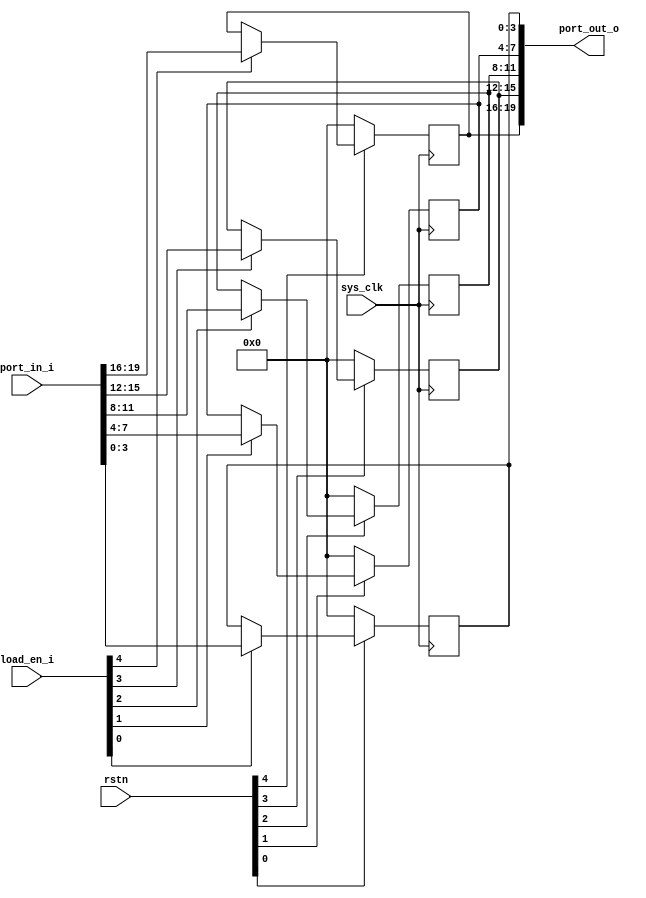
/*
Created date: 26 May, 2022
Developer: Bo-Yu Tseng
Email: tsengs0@gamil.com
Module name: data_bus_combiner

# I/F
1) Output:
2) Input:

# Param

# Description:

# Pipeline capability: yes
# Pipeline stage: 1
*/
module data_bus_combiner #(
	parameter UNIT_NUM = 5,
	parameter UNIT_WIDTH = 4
) (
	output wire [(UNIT_NUM*UNIT_WIDTH)-1:0] port_out_o,

	input wire [(UNIT_NUM*UNIT_WIDTH)-1:0] port_in_i,
	input wire [UNIT_NUM-1:0] load_en_i,
	input wire sys_clk,
	input wire [UNIT_NUM-1:0] rstn
);

reg [UNIT_WIDTH-1:0] data_latch [0:UNIT_NUM-1];
generate
	genvar i;
	for(i=0; i<UNIT_NUM; i=i+1) begin : dataLatchCtrl_inst
		initial data_latch[i] <= 0;
		always @(posedge sys_clk) begin
			if(rstn[i] == 1'b0) data_latch[i] <= 0;
			else if(load_en_i[i] == 1'b1) data_latch[i] <= port_in_i[(i+1)*UNIT_WIDTH-1:i*UNIT_WIDTH];
		end

		assign port_out_o[(i+1)*UNIT_WIDTH-1:i*UNIT_WIDTH] = data_latch[i];
	end
endgenerate
endmodule